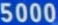
5000